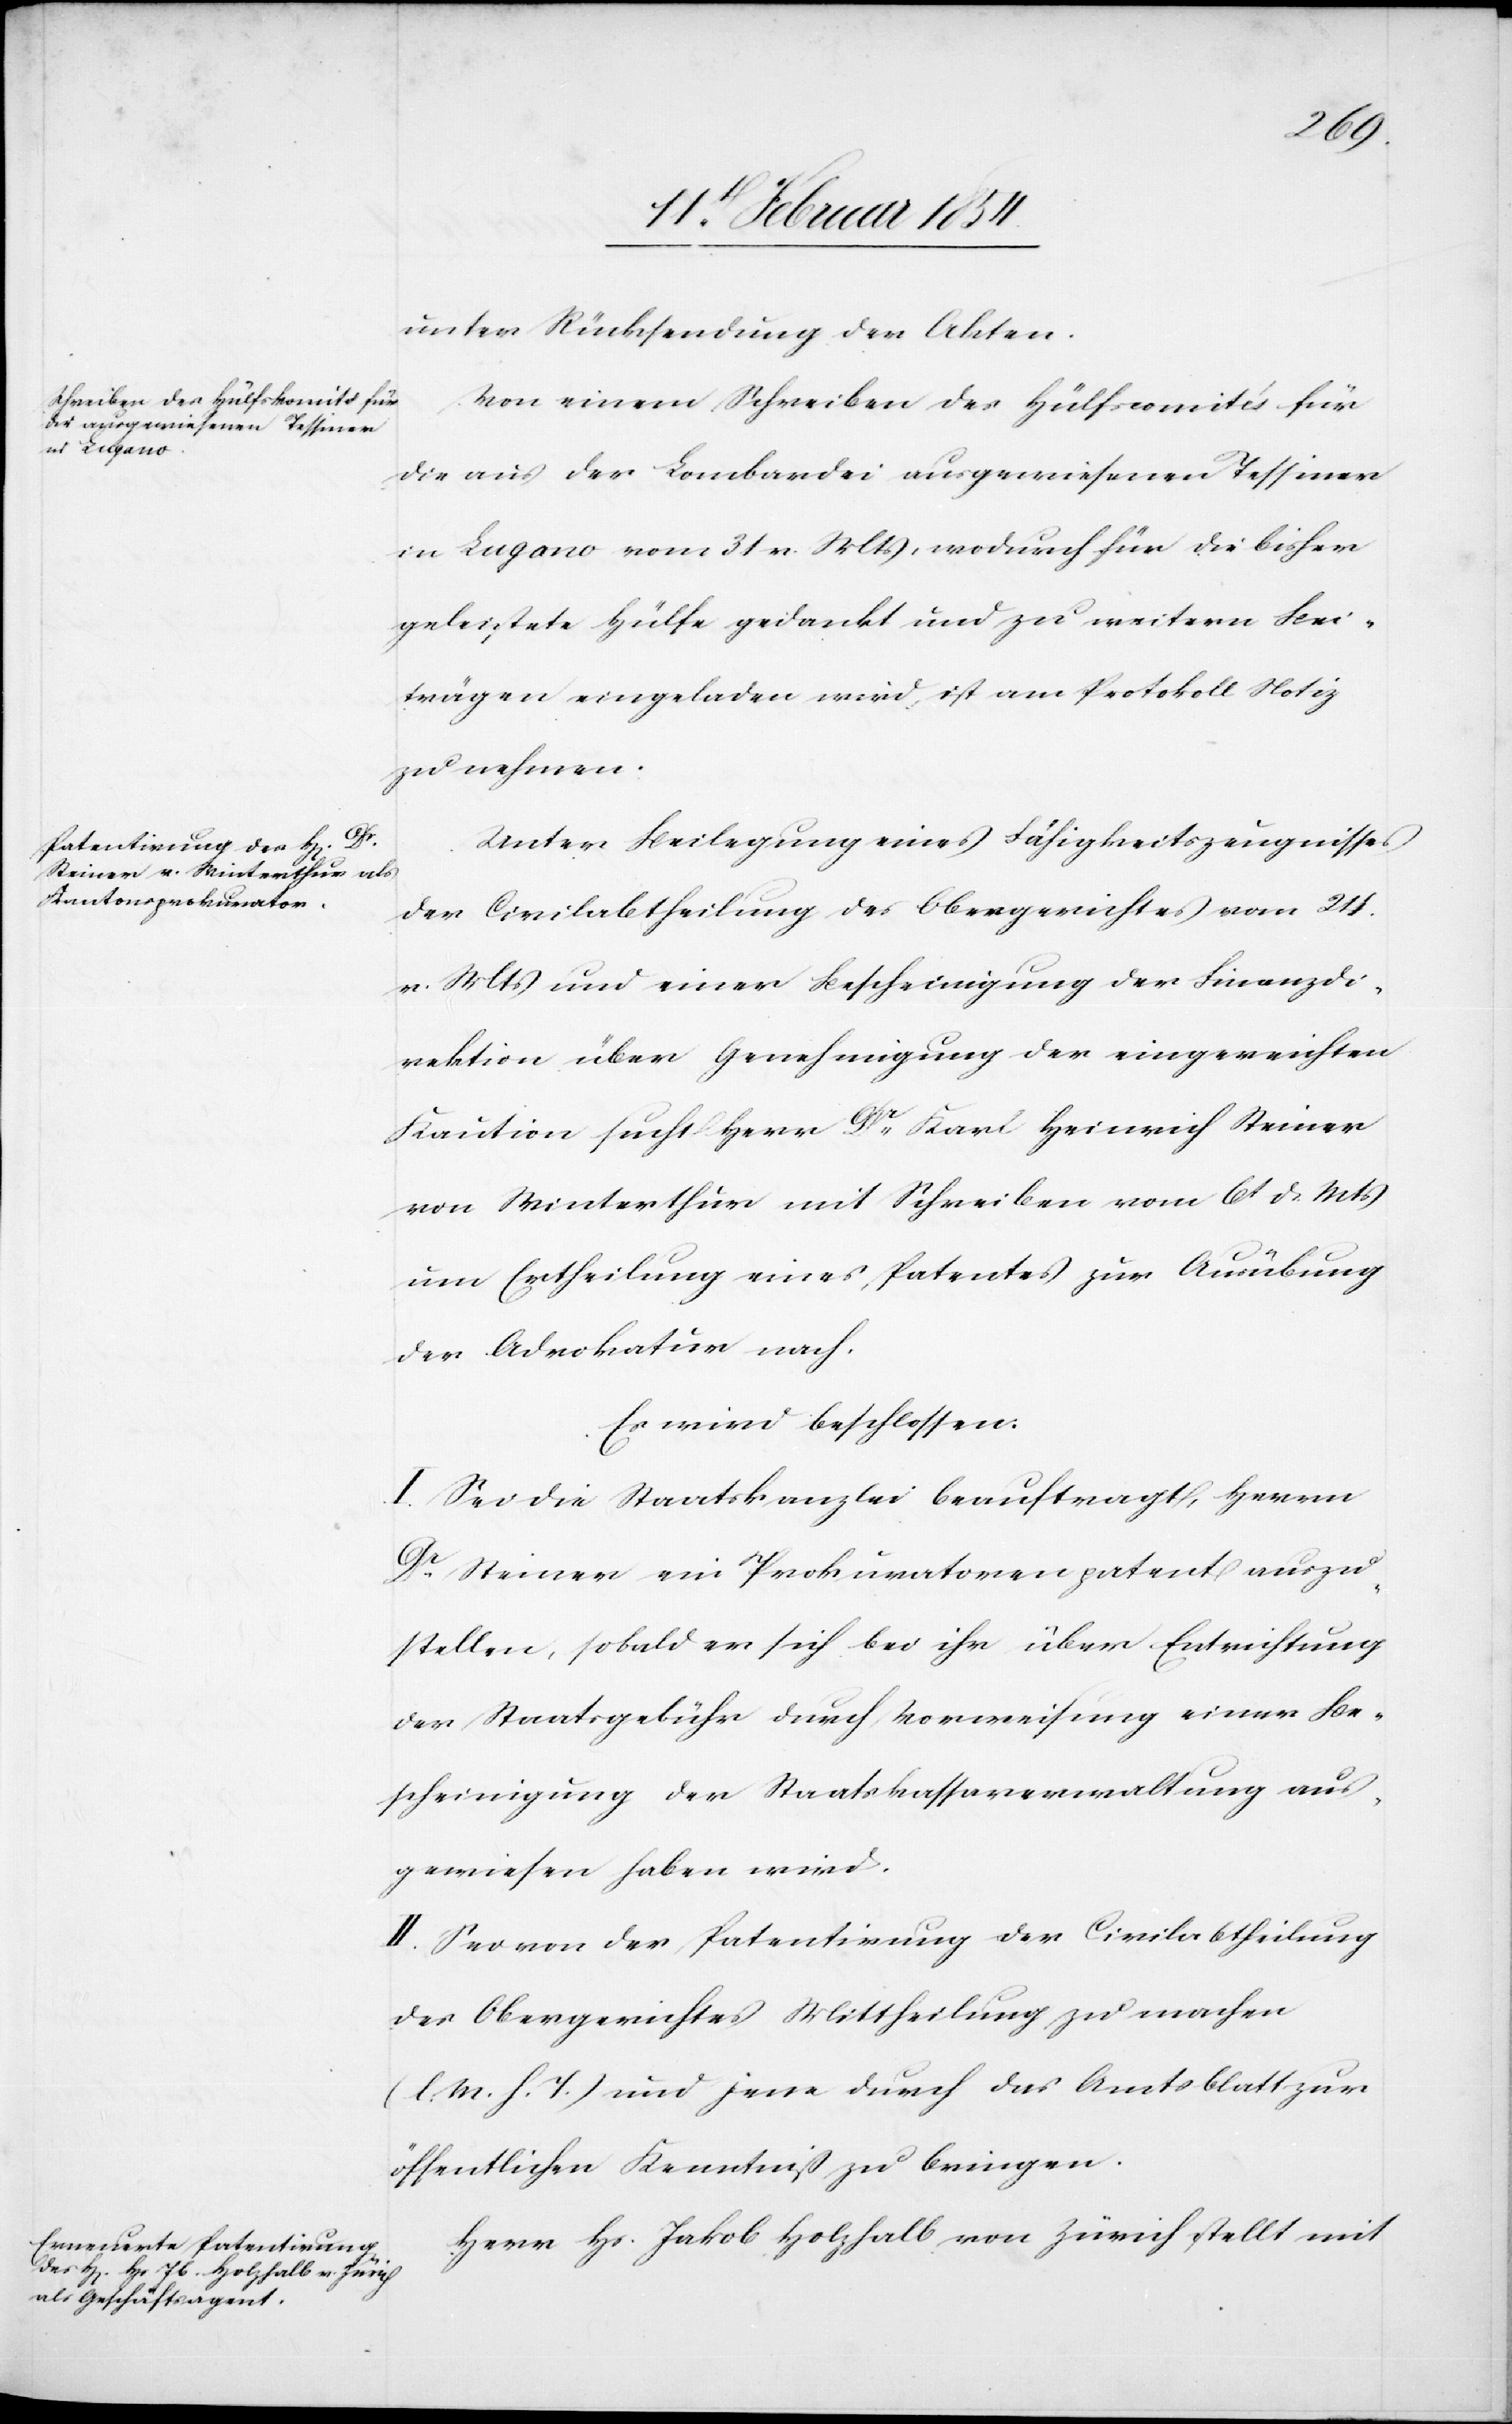
unter Rückstellung der Akten.
Von einem Schreiben des Hülfscomités für
die aus der Lombardei ausgewiesenen Tessiner
in Lugano vom 31 v. Mts, wodurch für die bisher
geleistete Hülfe gedeckt und zu weitern Bei¬
trägen eingeladen wird, ist am Protokoll Notiz
zu nehmen.
Unter Beilegung eines Fähigkeitszeugnisses
der Civilabtheilung des Obergerichtes vom 24.
v. Mts und einer Bescheinigung der Finanzdi¬
rektion über Genehmigung der eingereichten
Kaution sucht Herr Dr Karl Heinrich Steiner
von Winterthur mit Schreiben vom 6t d. Mts
um Ertheilung eines Patentes zur Ausübung
der Advokation nach.
Es wird beschlossen:
I. Sei die Staatskanzlei beauftragt, Herrn
Dr Steiner ein Prokuratorenpatent auszu¬
stellen, sobald er sich bei ihr über Entrichtung
der Staatsgebühr durch Vorweisung einer Be¬
scheinigung der Staatskassaverwaltung aus¬
gewiesen haben wird.
II. Sei von der Patentirung der Civilabtheilung
des Obergerichtes Mittheilung zu machen
(l. M. h. T.) und jene durch das Amtsblatt zur
öffentlichen Kenntniß zu bringen.
Herr Hs. Jakob Holzhalb von Zürich stellt mit